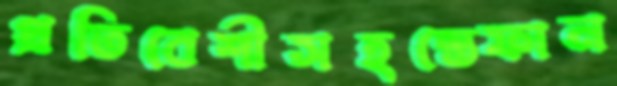
প্রতিবেশীসহস্তেফান